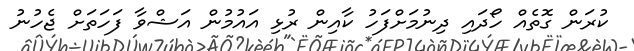
ކުރަން ގޮތެއް ހޯދައި ދިނުމަށްފަހު ކާއިން ރުޅި އައުމުން އަޝްވާ ފަހަތަށް ޖެހުނު